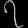
Digit: ၇